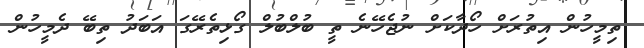
ތިމީހުން އިތުރަށް ހޯދާކަށް ނުޖެހޭނެ ތީ ބުލްބުލް ގޯޅިތެރޭގަ އަބަދު ތިބޭ ދެމީހުން